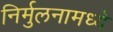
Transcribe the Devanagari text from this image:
निर्मुलनामध्ये